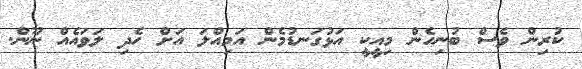
ކުރިން ވެސް ބުނިހެން މިއީކީ އަޅުގަނޑުމެން އަމިއްލަ އަށް ހެދި ލަވައެއް ނޫން.